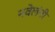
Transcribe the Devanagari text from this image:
नवेलंनी